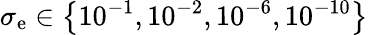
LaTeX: \sigma_{\mathrm{e}}\in\left\{ 10^{-1},10^{-2},10^{-6},10^{-10}\right\}